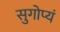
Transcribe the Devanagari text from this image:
सुगोप्यं